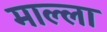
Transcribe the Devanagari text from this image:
माल्ला